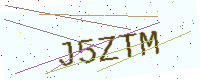
Text: J5ZTM